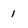
Character: 1